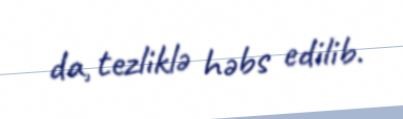
da, tezliklə həbs edilib.